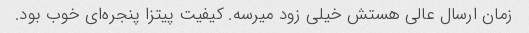
زمان ارسال عالی هستش خیلی زود میرسه. کیفیت پیتزا پنجره‌ای خوب بود.